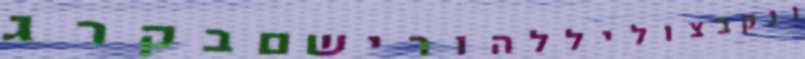
ונקבצוליללהורישםבקרג